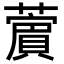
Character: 𦿜